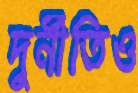
দুর্নীতিও